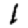
Digit: 1